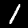
Digit: 1